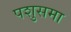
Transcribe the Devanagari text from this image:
पशुसमा